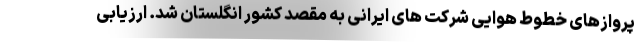
پروازهای خطوط هوایی شرکت های ایرانی به مقصد کشور انگلستان شد. ارزیابی